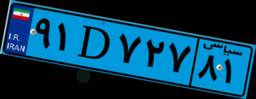
۶۳D۲۲۱۰۹